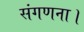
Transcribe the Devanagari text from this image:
संगणना।